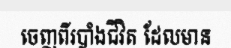
ចេញពីរបាំងជីវិត ដែលមាន